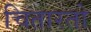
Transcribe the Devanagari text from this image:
चितारतो